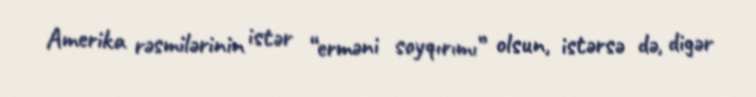
Amerika rəsmilərinin istər “erməni soyqırımı” olsun, istərsə də, digər